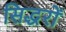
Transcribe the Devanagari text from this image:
सिद्धरों